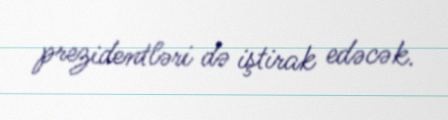
prezidentləri də iştirak edəcək.